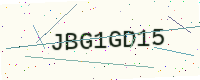
Text: JBG1GD15